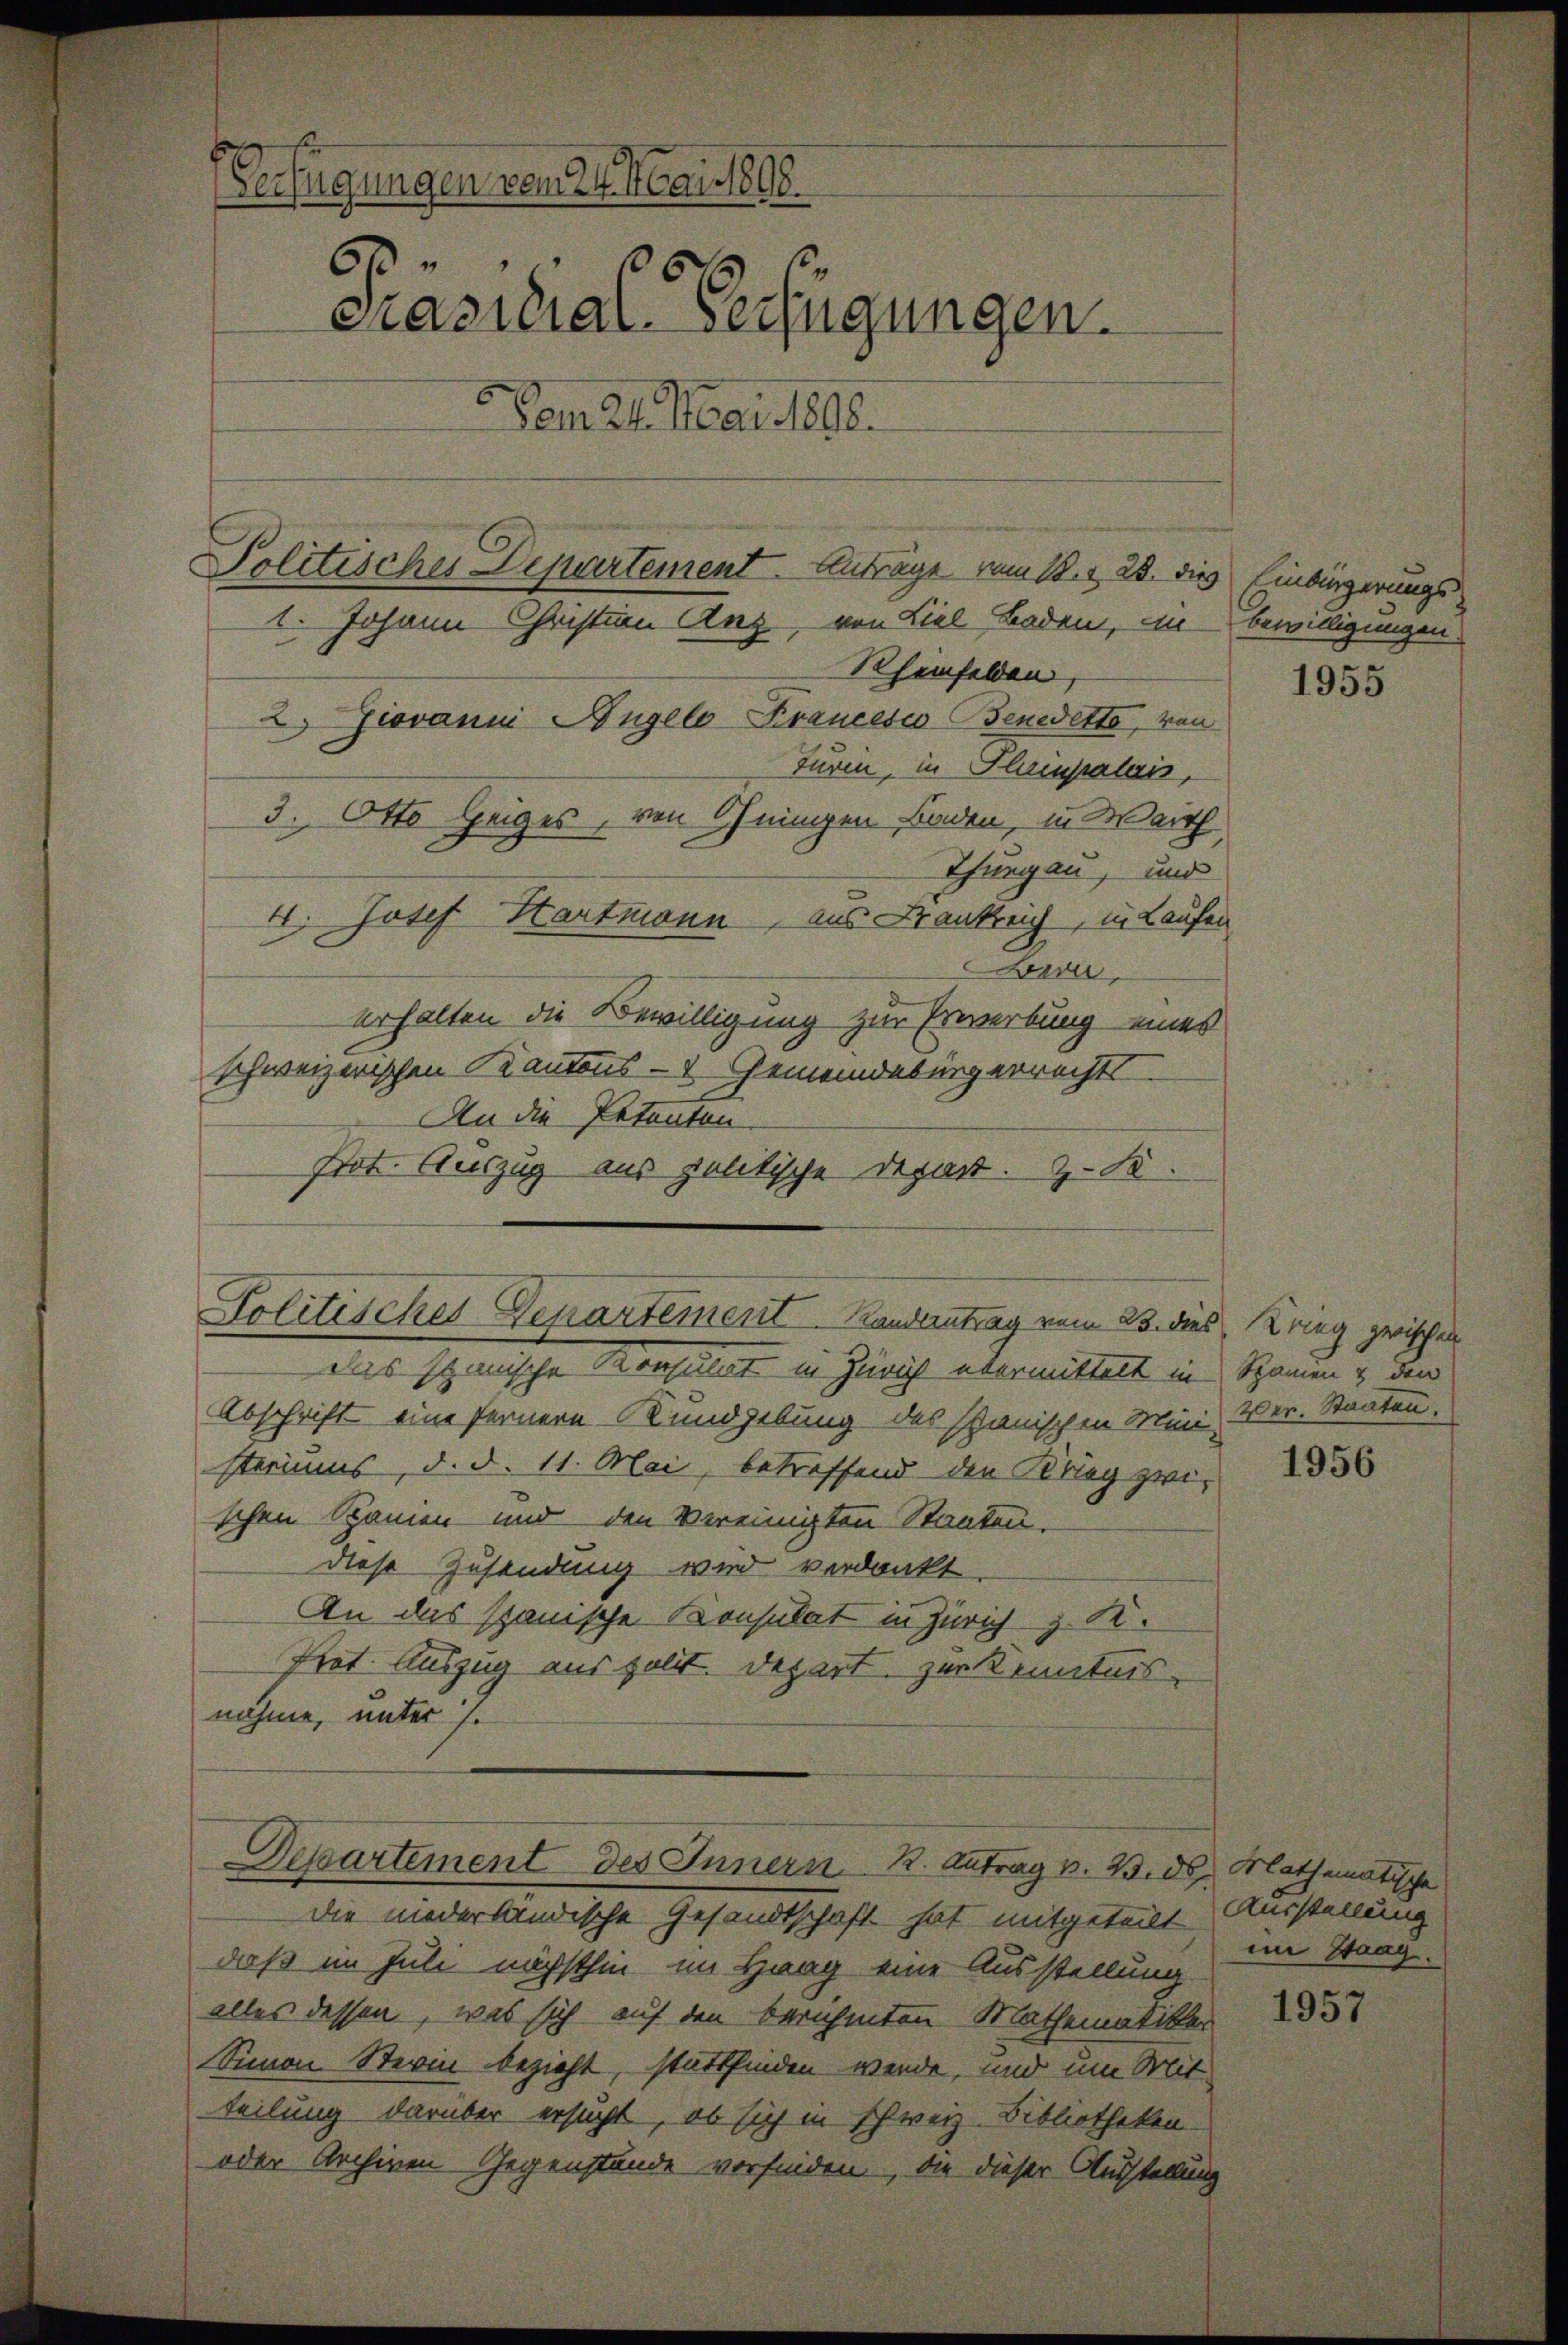
Verfügungen vom 24. Mai 1898.
60
16 x
Präsidial-Verfügungen.
Vom 21. Mai 1898.
Politisches Departement. Anträge vom 12. d. 28. dies Einbürgerungs
1. Johann Christian Anz, von Liel Baden, in bewilligungen
Rhinfelden,

2. Giovanni Angelo-Krancesco Benedette, von
Turen, in Plinpaten,
3. Otto zeiges, von Ohningen Faden, in Werth
Thurgau, und
4. Josef Hartmann, aus Frankreich, in Laufen
Bern,
erhalten die Bewilligung zur Erwerbung eines
schweizerischen Kantons- & Gemeindebürgerrechts
An die Petenten
stot. Auszug aus politische Depart. Z. B.

.

Politisches Departement Randantrag vom 23. de
das spanische Konsulat in Zürich übermittelt in Spanien & den

Abschrift eine fernere Rundgebung des spanischen Mini-
steriums, d. d. 11. Mai, betreffend den Krieg zwischen Spanien und den Vereinigten Staaten.
diese Zusendung wird verdankt
An das spanische Konsulat in Zürich z. K.
Prot. Auszug aus polit. Depart zur Kenntnis-
nahme, unter 7.

Departement des Innern K. Antrag v. 23. ds Kathematische

die niederländische Gesandtschaft hat mitgeteilt
daß im Juli nächsthin im Haag eine Ausstellung
alles dessen, was sich auf den berühmten Mathematiker
Simon Sterin bezieht, stattfinden werde, und um Mitteilung darüber ersucht, ob sich in schweiz. Bibliotheken
oder Archiven Gegenstände vorfinden, die dieser Ausstellung

es Krieg zwischen
Ver. Staaten.

1955

1956

Ausstellung
im Staag.

1957